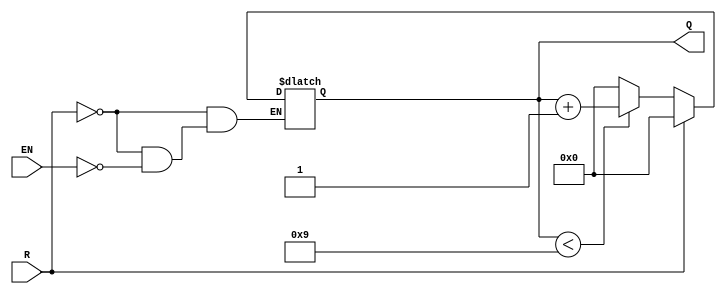
module BCD_Asynchronous_Counter (
    input wire EN,      // Enable signal
    input wire R,       // Asynchronous reset signal
    output reg [3:0] Q  // BCD output (Q3, Q2, Q1, Q0)
);

// Asynchronous reset and counting logic
always @(*) begin
    if (R) begin
        Q = 4'b0000; // Reset the counter to 0
    end else if (EN) begin
        if (Q < 4'b1001) begin
            Q = Q + 1; // Increment the counter if less than 9
        end else begin
            Q = 4'b0000; // Wrap around to 0 if current count is 9
        end
    end
end

endmodule